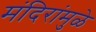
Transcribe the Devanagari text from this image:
मंदिरांमुळे